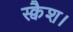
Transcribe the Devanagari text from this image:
स्क्वैश।